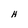
Character: H